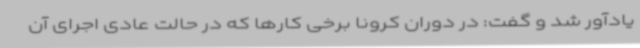
یادآور شد و گفت: در دوران کرونا برخی کارها که در حالت عادی اجرای آن